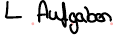
Aufgaben